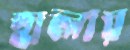
হালায়